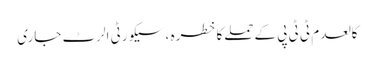
کالعدم ٹی ٹی پی کےحملےکاخطرہ ، سیکورٹی الرٹ جاری